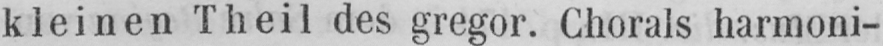
kleinen Theil des gregor. Chorals harmoni-